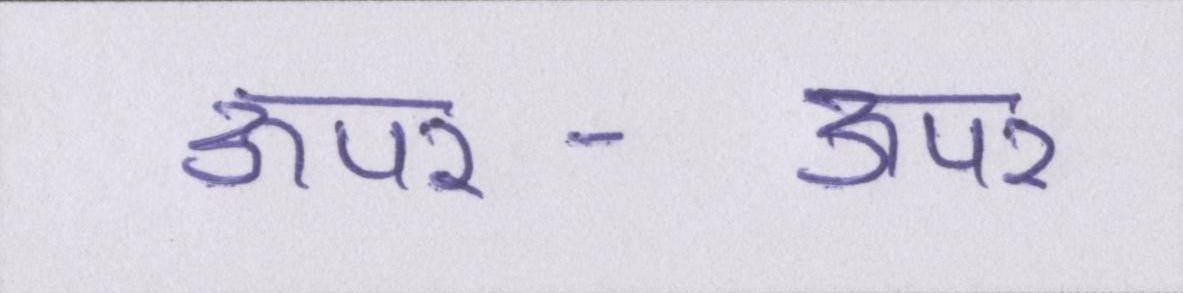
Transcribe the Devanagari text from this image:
ऊपर-ऊपर